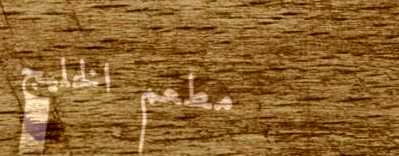
مطعم الخليج